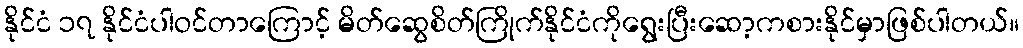
နိုင်ငံ ၁၇ နိုင်ငံပါဝင်တာကြောင့် မိတ်ဆွေစိတ်ကြိုက်နိုင်ငံကိုရွေးပြီးဆော့ကစားနိုင်မှာဖြစ်ပါတယ်။